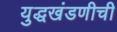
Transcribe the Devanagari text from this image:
युद्धखंडणीची